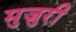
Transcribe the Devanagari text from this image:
मुजुरी